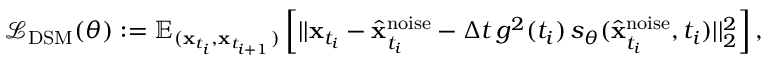
\begin{array} { r } { \mathcal { L } _ { \mathrm { D S M } } ( \theta ) : = \mathbb { E } _ { ( \mathbf { x } _ { t _ { i } } , \mathbf { x } _ { t _ { i + 1 } } ) } \left[ | | \mathbf { x } _ { t _ { i } } - \hat { \mathbf { x } } _ { t _ { i } } ^ { \mathrm { n o i s e } } - \Delta t \, g ^ { 2 } ( t _ { i } ) \, s _ { \theta } ( \hat { \mathbf { x } } _ { t _ { i } } ^ { \mathrm { n o i s e } } , t _ { i } ) | | _ { 2 } ^ { 2 } \right] , } \end{array}